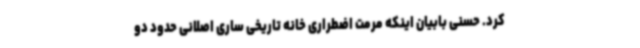
کرد. حسنی بابیان اینکه مرمت اضطراری خانه تاریخی ساری اصلانی حدود دو